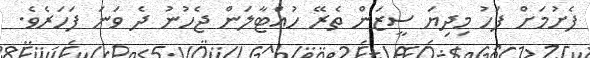
ފެށުމަށް ފަހު މިދިޔަ ސީޒަން ތެރޭ ހުއްޓާލަން ޖެހުނު ދެ ވަަނަ ފަހަރެވެ.